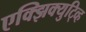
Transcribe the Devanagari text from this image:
एक्झिक्युटि्व्ह